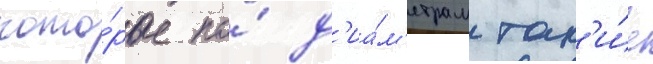
кото́рые по́ д'иа́м'етрам так'и́е